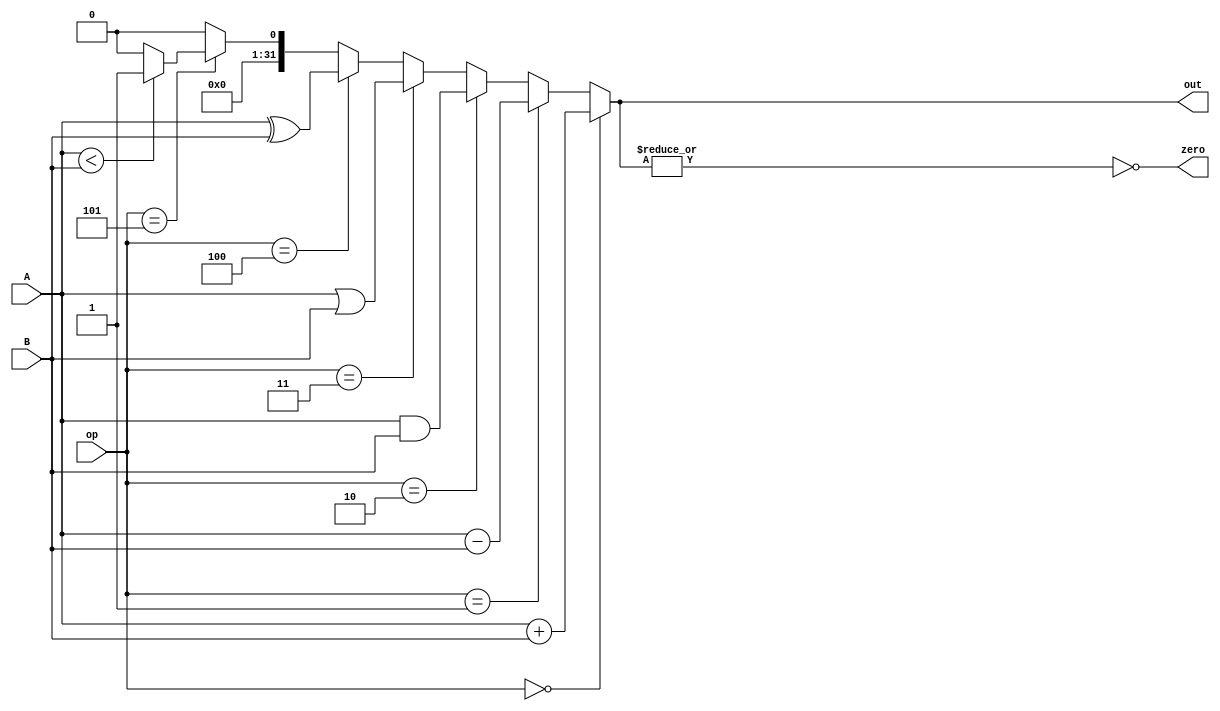
module ALU(A, B, op, zero, out);
	input signed[31:0] A, B;
	input[2:0] op;
	output zero;
	output[31:0] out;
	assign out = (op==3'b000) ? A + B:
			(op==3'b001) ? A - B:
			(op==3'b010) ? A & B:
			(op==3'b011) ? A | B:
			(op==3'b100) ? A ^ B:
			(op==3'b101) ? ((A < B)? 1 : 0) : 0;
	assign zero = ~|out;
endmodule